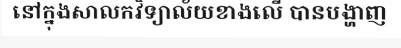
នៅក្នុងសាលកវិទ្យាល័យខាងលើ បានបង្ហាញ